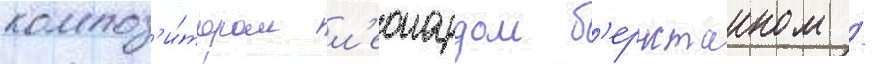
композ'и́тором л'еонардом б'ернстаином /